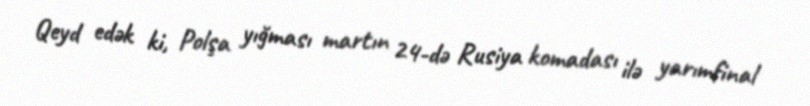
Qeyd edək ki, Polşa yığması martın 24-də Rusiya komadası ilə yarımfinal